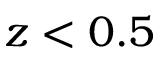
z < 0 . 5